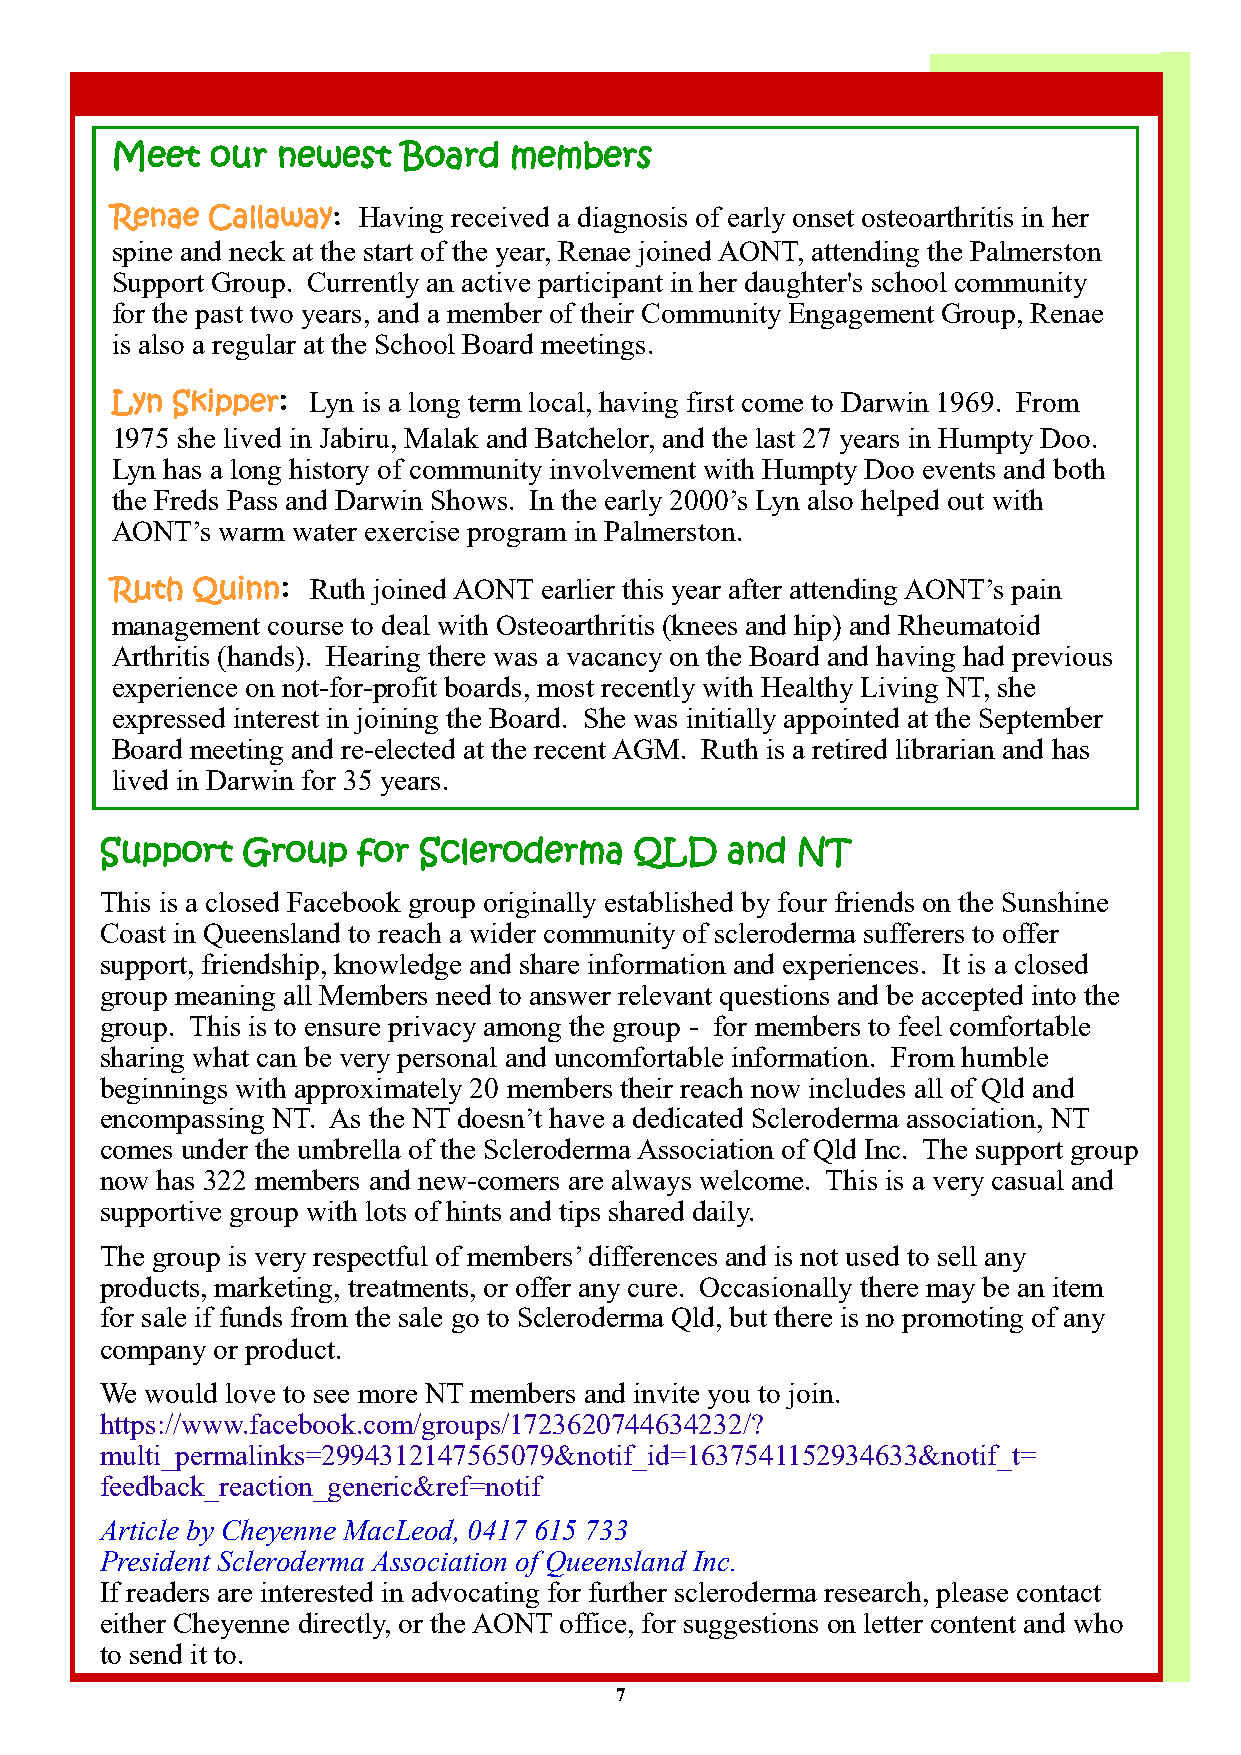
Meet   our newest   Board  members
 Renae  Callaway: Having received a diagnosis of early onset osteoarthritis in her
 spine and neck at the start of the year, Renae joined AONT, attending the Palmerston
 Support Group. Currently an active participant in her daughter's school community
 for the past two years, and a member of their Community Engagement Group, Renae
 is also a regular at the School Board meetings.
 Lyn Skipper: Lyn is a long term local, having first come to Darwin 1969. From
 1975 she lived in Jabiru, Malak and Batchelor, and the last 27 years in Humpty Doo.
 Lyn has a long history of community involvement with Humpty Doo events and both
 the Freds Pass and Darwin Shows. In the early 2000’s Lyn also helped out with
 AONT’s  warm water exercise program in Palmerston.
 Ruth  Quinn:  Ruth joined AONT earlier this year after attending AONT’s pain
 management course to deal with Osteoarthritis (knees and hip) and Rheumatoid
 Arthritis (hands). Hearing there was a vacancy on the Board and having had previous
 experience on not-for-profit boards, most recently with Healthy Living NT, she
 expressed interest in joining the Board. She was initially appointed at the September
 Board meeting and re-elected at the recent AGM. Ruth is a retired librarian and has
 lived in Darwin for 35 years.
 Support  Group   for Scleroderma   QLD   and  NT
 This is a closed Facebook group originally established by four friends on the Sunshine
 Coast in Queensland to reach a wider community of scleroderma sufferers to offer
 support, friendship, knowledge and share information and experiences. It is a closed
 group meaning all Members need to answer relevant questions and be accepted into the
 group. This is to ensure privacy among the group - for members to feel comfortable
 sharing what can be very personal and uncomfortable information. From humble
 beginnings with approximately 20 members their reach now includes all of Qld and
 encompassing NT. As the NT doesn’t have a dedicated Scleroderma association, NT
 comes under the umbrella of the Scleroderma Association of Qld Inc. The support group
 now has 322 members and new-comers are always welcome. This is a very casual and
 supportive group with lots of hints and tips shared daily.
 The group is very respectful of members’ differences and is not used to sell any
 products, marketing, treatments, or offer any cure. Occasionally there may be an item
 for sale if funds from the sale go to Scleroderma Qld, but there is no promoting of any
 company or product.
 We would love to see more NT members and invite you to join.
 https://www.facebook.com/groups/1723620744634232/?
 multi_permalinks=2994312147565079&notif_id=1637541152934633&notif_t=
 feedback_reaction_generic&ref=notif
 Article by Cheyenne MacLeod, 0417 615 733
 President Scleroderma Association of Queensland Inc.
 If readers are interested in advocating for further scleroderma research, please contact
 either Cheyenne directly, or the AONT office, for suggestions on letter content and who
 to send it to.
 7